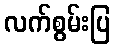
လက်စွမ်းပြ